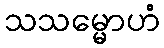
သသမ္မောဟံ